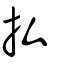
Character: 払